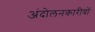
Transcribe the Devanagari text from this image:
अंदोलनकारीयों